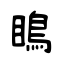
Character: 瞗